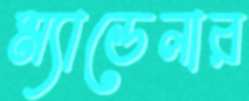
ম্যান্ডেলার